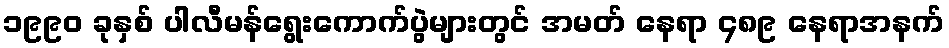
၁၉၉၀ ခုနှစ် ပါလီမန်ရွေးကောက်ပွဲများတွင် အမတ် နေရာ ၄၈၉ နေရာအနက်